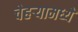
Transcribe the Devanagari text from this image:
चेहर्‍यामध्ये